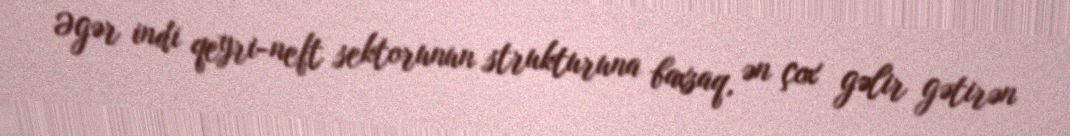
Əgər indi qeyri-neft sektorunun strukturuna baxsaq, ən çox gəlir gətirən